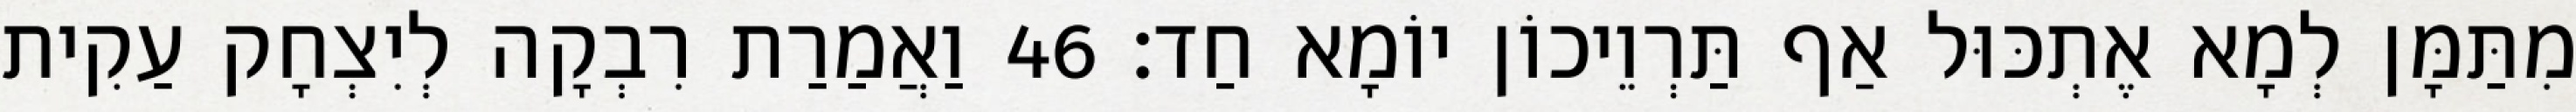
מִתַּמָּן לְמָא אֶתְכּוּל אַף תַּרְוֵיכוֹן יוֹמָא חַד׃ 46 וַאֲמַרַת רִבְקָה לְיִצְחָק עַקִית